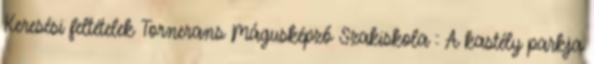
Keresési feltételek Tornerans Mágusképző Szakiskola :: A kastély parkja